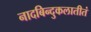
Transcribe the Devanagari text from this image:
नादबिन्दुकलातीतं